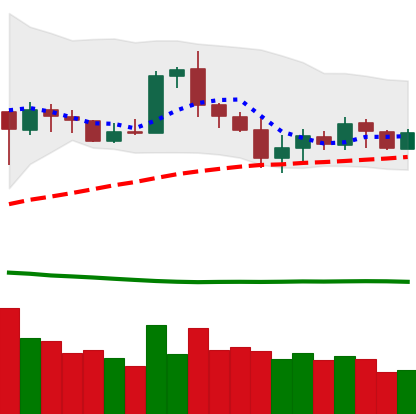
Ticker: ETH-USD
Chart end date: 2020-07-04
Forward return: 6.086%
Label: up_5_7